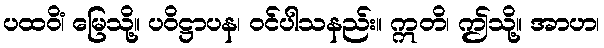
ပထဝိံ၊ မြေသို့။ ပဝိဋ္ဌာပန၊ ဝင်ပါသနည်း။ ဣတိ၊ ဤသို့။ အာဟ၊